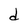
Character: d